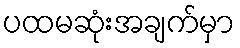
ပထမဆုံးအချက်မှာ